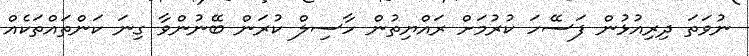
ނުވަތަ ދިރިއުޅުން ފަސޭހަ ކުރުމަށް ރައްޔިތުން ހާސިލް ކުރަން ބޭނުންވާ ގިނަ ކަންތައްތަކެއް